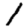
Digit: 1